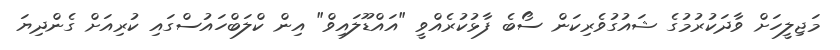
މަޖިލީހަށް ވާދަކުރުމުގެ ޝައުގުވެރިކަން ސޯބެ ފާޅުކުރެއްވީ "އައްޑޫލައިވް" އިން ކްލަބްހައުސްގައި ކުރިއަށް ގެންދިޔަ